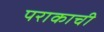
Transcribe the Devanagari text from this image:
पराकाची